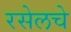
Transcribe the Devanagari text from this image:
रसेलचे